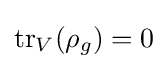
{\text{tr}}_{V}(\rho _{g})=0